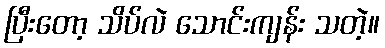
ပြီးတော့ သိပ်လဲ သောင်းကျန်း သတဲ့။